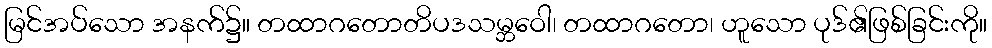
မြင်အပ်သော အနက်၌။ တထာဂတောတိပဒသမ္ဘဝေါ၊ တထာဂတော၊ ဟူသော ပုဒ်၏ဖြစ်ခြင်းကို။